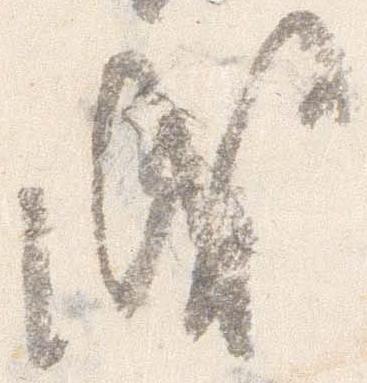
成